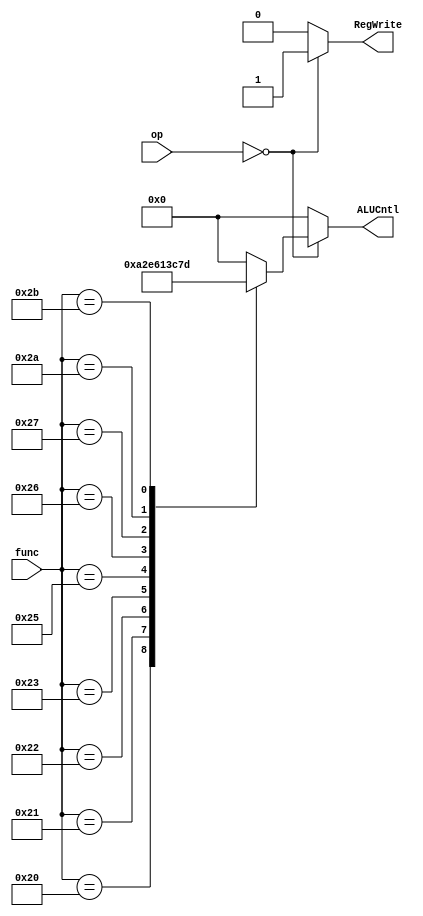
`timescale 1ns / 1ps

module Control(
    input [5:0] op,
    input [5:0] func,
    output reg [3:0] ALUCntl,
    output reg RegWrite
    );
    
    always@(*) begin
        if(op==6'b0) begin
            RegWrite=1'b1;
            case(func)
                6'h20: ALUCntl=4'b1010; //add
                6'h21: ALUCntl=4'b0010;//Add Unsigned
                6'h22: ALUCntl=4'b1110;//sub
                6'h23: ALUCntl=4'b0110;//sub unsigned
                6'h24: ALUCntl=4'b0000;//and
                6'h25: ALUCntl=4'b0001;//or
                6'h26: ALUCntl=4'b0011;//xor
                6'h27: ALUCntl=4'b1100;//nor
                6'h2A: ALUCntl=4'b0111;//slt
                6'h2B: ALUCntl=4'b1101;//slt unsigned

                default: ALUCntl=4'b0000;
            endcase
        end
        else begin
            RegWrite=1'b0;
            ALUCntl=4'b0000;
            end
        end
    endmodule